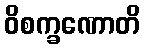
ဝိစက္ခဏောတိ